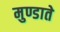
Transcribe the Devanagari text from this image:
मुण्डाते